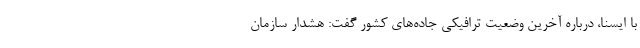
با ایسنا، درباره آخرین وضعیت ترافیکی جاده‌های کشور گفت:‌ هشدار سازمان